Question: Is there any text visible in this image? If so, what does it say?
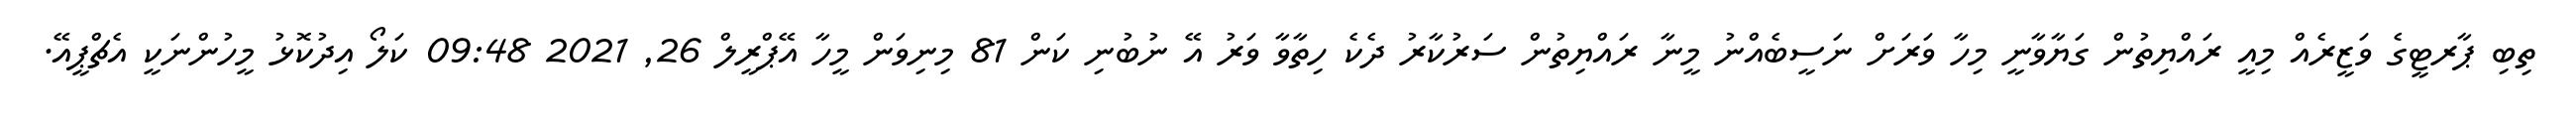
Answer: ތިބި ޕާރޓީގެ ވަޒީރެއް މިއީ ރައްޔިތުން ގަޔާވާނީ މިހާ ވަރަށް ނަސީބެއްނު މީނާ ރައްޔިތުން ސަރުކާރު ދެކެ ހިތާވާ ވަރު އޭ ނުބުނި ކަން 81 މިނިވަން މީހާ އޭޕްރީލް 26, 2021 09:48 ކަލޯ އިދުކޮޅު މީހުންނަކީ އެޗްޕީއޭ.